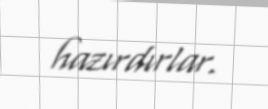
hazırdırlar.